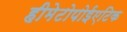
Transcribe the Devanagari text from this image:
हीमेटोपोईएटिक